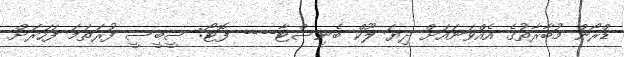
ޑްރޯން މުބާރާތުގެ އެއްވަނައަށް ދިޔަ ލޫކް ބެނިސްޓާ---- ފޮޓޯ: ސީބީސީ ފުރަތަމަ ފަހަރަށް